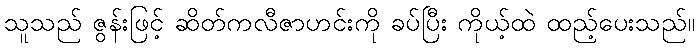
သူသည် ဇွန်းဖြင့် ဆိတ်ကလီဇာဟင်းကို ခပ်ပြီး ကိုယ့်ထဲ ထည့်ပေးသည်။